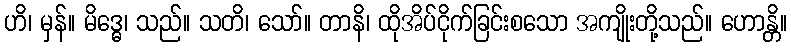
ဟိ၊ မှန်။ မိဒ္ဓေ၊ သည်။ သတိ၊ သော်။ တာနိ၊ ထိုအိပ်ငိုက်ခြင်းစသော အကျိုးတို့သည်။ ဟောန္တိ။